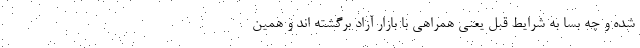
شده و چه بسا به شرایط قبل یعنی همراهی با بازار آزاد برگشته اند و همین